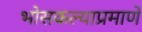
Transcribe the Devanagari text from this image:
भोसकल्याप्रमाणे